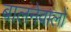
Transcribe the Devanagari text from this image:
बालनेवालों